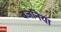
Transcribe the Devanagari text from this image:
बजनिया